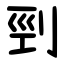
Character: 剄